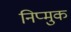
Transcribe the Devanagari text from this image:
निप्मुक